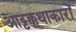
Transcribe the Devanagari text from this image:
आट्टक्कथाकारों